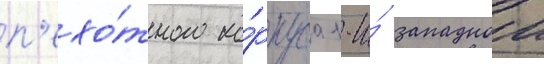
п'ехо́тного ко́рпуса 1-и́ западнои